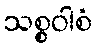
သစ္စဝါစံ